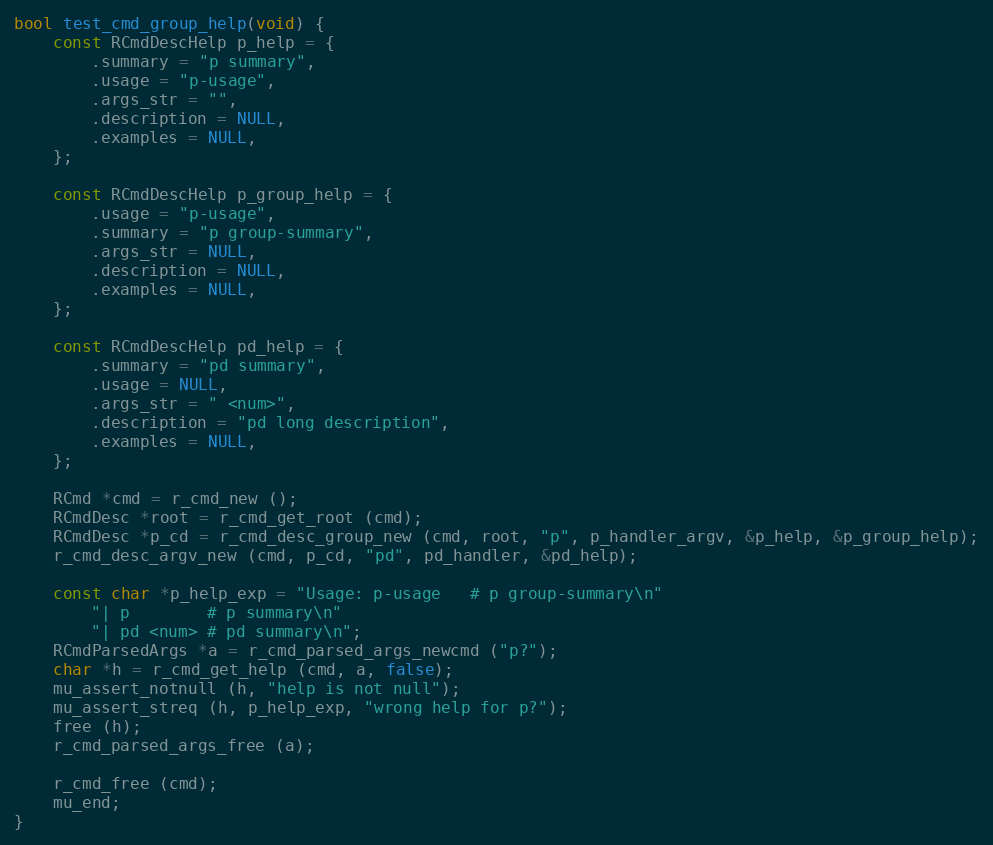
Language: C
bool test_cmd_group_help(void) {
	const RCmdDescHelp p_help = {
		.summary = "p summary",
		.usage = "p-usage",
		.args_str = "",
		.description = NULL,
		.examples = NULL,
	};

	const RCmdDescHelp p_group_help = {
		.usage = "p-usage",
		.summary = "p group-summary",
		.args_str = NULL,
		.description = NULL,
		.examples = NULL,
	};

	const RCmdDescHelp pd_help = {
		.summary = "pd summary",
		.usage = NULL,
		.args_str = " <num>",
		.description = "pd long description",
		.examples = NULL,
	};

	RCmd *cmd = r_cmd_new ();
	RCmdDesc *root = r_cmd_get_root (cmd);
	RCmdDesc *p_cd = r_cmd_desc_group_new (cmd, root, "p", p_handler_argv, &p_help, &p_group_help);
	r_cmd_desc_argv_new (cmd, p_cd, "pd", pd_handler, &pd_help);

	const char *p_help_exp = "Usage: p-usage   # p group-summary\n"
		"| p        # p summary\n"
		"| pd <num> # pd summary\n";
	RCmdParsedArgs *a = r_cmd_parsed_args_newcmd ("p?");
	char *h = r_cmd_get_help (cmd, a, false);
	mu_assert_notnull (h, "help is not null");
	mu_assert_streq (h, p_help_exp, "wrong help for p?");
	free (h);
	r_cmd_parsed_args_free (a);

	r_cmd_free (cmd);
	mu_end;
}